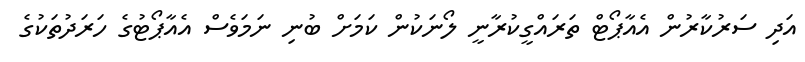
އަދި ސަރުކާރުން އެއާޕޯޓް ތަރައްގީކުރާނީ ލޯނަކުން ކަމަށް ބުނި ނަމަވެސް އެއާޕޯޓުގެ ހަރަދުތަކުގެ